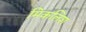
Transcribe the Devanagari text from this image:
मिकलिश